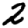
Digit: 2